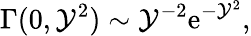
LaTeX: \Gamma(0,\mathcal{Y}^{2})\sim\mathcal{Y}^{-2}\textrm{{e}}^{-\mathcal{Y}^{2}},